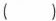
()